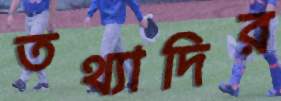
তথ্যাদির